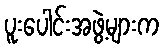
ပူးပေါင်းအဖွဲ့များက